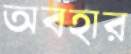
অবহার